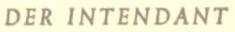
DER INTENDANT